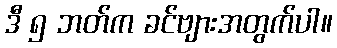
ဒီ ၅ ဘတ်က ခင်ဗျားအတွက်ပါ။